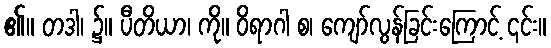
၏။ တဒါ၊ ၌။ ပီတိယာ၊ ကို။ ဝိရာဂါ စ၊ ကျော်လွန်ခြင်းကြောင့် ၎င်း။